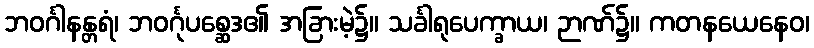
ဘဝင်္ဂါနန္တရံ၊ ဘဝင်္ဂုပစ္ဆေဒ၏ အခြားမဲ့၌။ သင်္ခါရုပေက္ခာယ၊ ဉာဏ်၌။ ကတနယေနေဝ၊